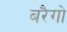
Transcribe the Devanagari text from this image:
बरैगो